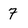
Character: 7